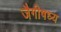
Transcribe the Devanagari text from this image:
जैगीषध्य